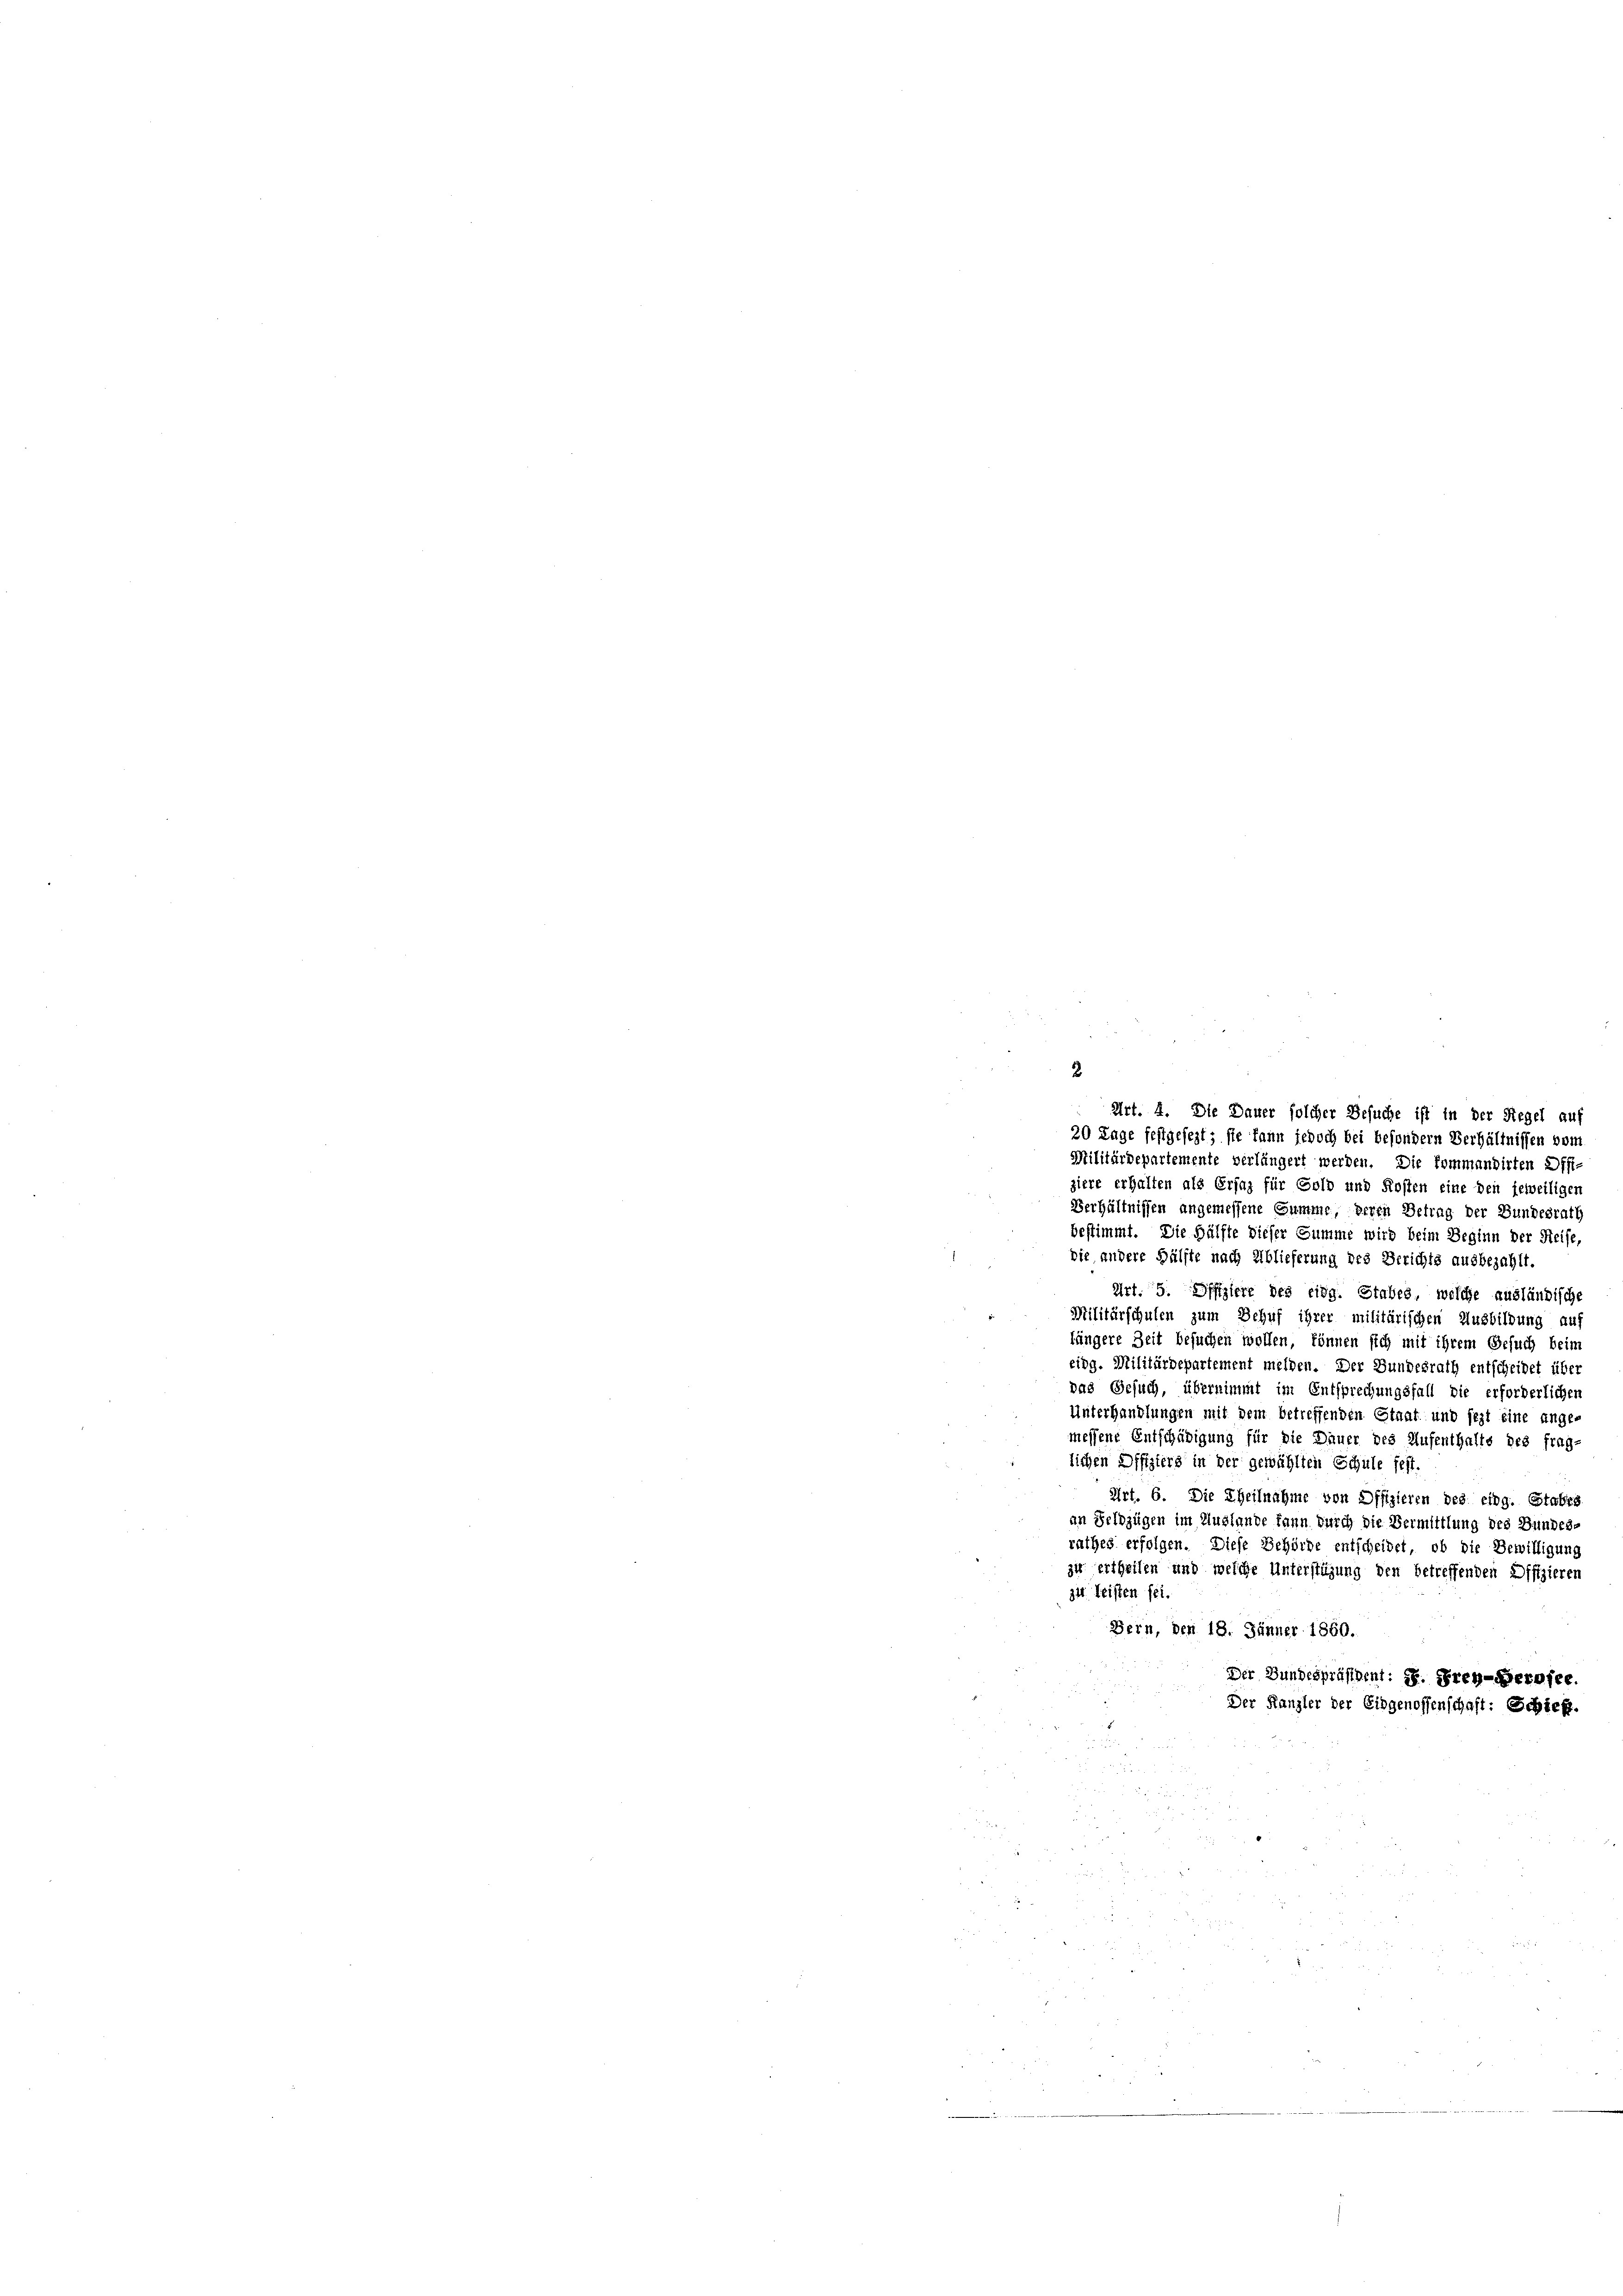
Militärdepartemente verlängert werden. Die kommandirten Offi-
ziere erhalten als Erfaz für Sold und Kosten eine den jeweiligen
Verhältnissen angemessene Summe, deren Betrag der Bundesrath
bestimmt. Die Hälfte dieser Summe wird beim Beginn der Reise,
die andere Hälfte nach Ablieferung des Berichts ausbezahlt.
Art. 5. Offiziere des eidg. Stabes, welche ausländische
Militärschulen zum Behuf ihrer militärischen Ausbildung auf
füngere Zeit besuchen wollen, können sich mit ihrem Gesuch beim
eidg. Militärdepartement melden. Der Bundesrath entscheidet über
das Gesuch, übernimmt im Entsprechungsfall die erforderlicher
Unterhandlungen mit dem betreffenden Staat und jezt eine ange-
messene Entschädigung für die Dauer des Aufenthalte des frag-
lichen Offiziers in der gewählten Schule fest,
Art. 6. Die Theilnahme von Offizieren des eidg. Stabes
an Feldzügen im Auslande kann durch die Vermittlung des Bundes-
rathes erfolgen. Diese Behörde entscheidet, ob die Bewilligung
zu ertheilen und welche Unterstützung den betreffenden Difizieren
zit. Beisten sei.
Bern, den 18. Jänner 1860.
Der Bundespräsident: 1. Frey-Gernfee.
Der Kanzler der Eidgenossenschaft: Schief.

Art. 4. Die Dauer solcher Besuche ist in der Regel auf
20 Lage festgesezt; sie kann jedoch bei besondern Verhältnissen vom